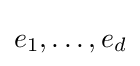
e_{1},\ldots ,e_{d}